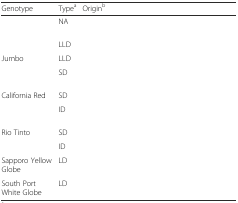
<table><thead><tr><td><b>Genotype</b></td><td><b>Type<sup>a</sup></b></td><td><b>Origin<sup>b</sup></b></td></tr></thead><tbody><tr><td>[EMPTY_CELL]</td><td>NA</td><td>[EMPTY_CELL]</td></tr><tr><td>[EMPTY_CELL]</td><td>LLD</td><td>[EMPTY_CELL]</td></tr><tr><td>Jumbo</td><td>LLD</td><td>[EMPTY_CELL]</td></tr><tr><td>[EMPTY_CELL]</td><td>SD</td><td>[EMPTY_CELL]</td></tr><tr><td>California Red</td><td>SD</td><td>[EMPTY_CELL]</td></tr><tr><td>[EMPTY_CELL]</td><td>ID</td><td>[EMPTY_CELL]</td></tr><tr><td>Rio Tinto</td><td>SD</td><td>[EMPTY_CELL]</td></tr><tr><td>[EMPTY_CELL]</td><td>ID</td><td>[EMPTY_CELL]</td></tr><tr><td>Sapporo Yellow Globe</td><td>LD</td><td>[EMPTY_CELL]</td></tr><tr><td>South Port White Globe</td><td>LD</td><td>[EMPTY_CELL]</td></tr></tbody></table>